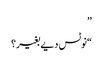
”
“نوٹس دیے بغیر؟